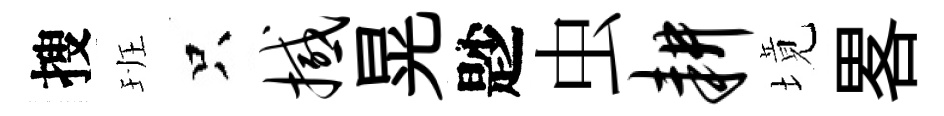
搜班只撼晃尟虫耕境畧